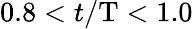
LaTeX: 0.8<t/\mathrm{T}<1.0